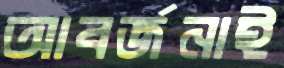
আবর্জনাই